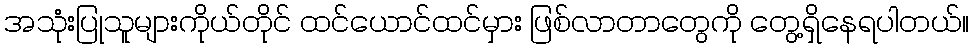
အသုံးပြုသူများကိုယ်တိုင် ထင်ယောင်ထင်မှား ဖြစ်လာတာတွေကို တွေ့ရှိနေရပါတယ်။